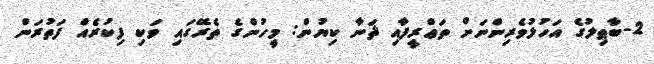
2-ބާޠިލުގެ އަހުލުވެރިންނަށް ތަޢްރީފާއި ޘަނާ ކިޔުން: މީހުންގެ ތެރޭގައި ވަކި ފިކުރެއް ފަތުރަން